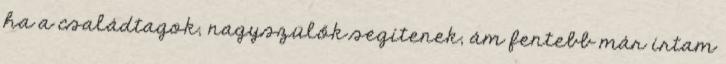
ha a családtagok, nagyszülők segítenek, ám fentebb már írtam